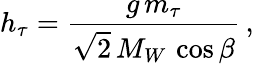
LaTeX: h_{\tau}={\frac{g\, m_{\tau}}{\sqrt{2}\, M_{W}\, \cos{\beta}}}\, ,